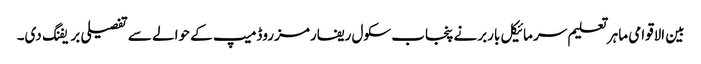
بین الاقوامی ماہر تعلیم سر مائیکل باربرنے پنجاب سکول ریفارمز روڈمیپ کے حوالے سے تفصیلی بریفنگ دی۔